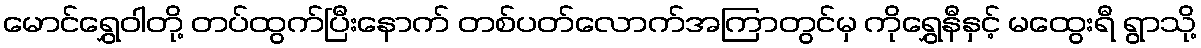
မောင်ရွှေဝါတို့ တပ်ထွက်ပြီးနောက် တစ်ပတ်လောက်အကြာတွင်မှ ကိုရွှေနီနှင့် မထွေးရီ ရွာသို့